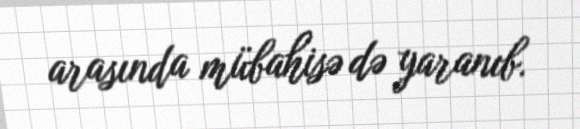
arasında mübahisə də yaranıb.